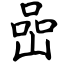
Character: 喦